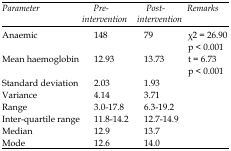
<table><thead><tr><td><b><i>Parameter</i></b></td><td><b><i>Pre-intervention</i></b></td><td><b><i>Post-intervention</i></b></td><td><b><i>Remarks</i></b></td></tr></thead><tbody><tr><td>Anaemic</td><td>148</td><td>79</td><td>χ<sup>2</sup> = 26.90p &lt; 0.001</td></tr><tr><td>Mean haemoglobin</td><td>12.93</td><td>13.73</td><td>t = 6.73p &lt; 0.001</td></tr><tr><td>Standard deviation</td><td>2.03</td><td>1.93</td><td></td></tr><tr><td>Variance</td><td>4.14</td><td>3.71</td><td></td></tr><tr><td>Range</td><td>3.0-17.8</td><td>6.3-19.2</td><td></td></tr><tr><td>Inter-quartile range</td><td>11.8-14.2</td><td>12.7-14.9</td><td></td></tr><tr><td>Median</td><td>12.9</td><td>13.7</td><td></td></tr><tr><td>Mode</td><td>12.6</td><td>14.0</td><td></td></tr></tbody></table>